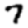
Digit: 7